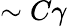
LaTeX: \sim C\gamma